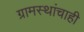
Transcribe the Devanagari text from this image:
ग्रामस्थांचाही